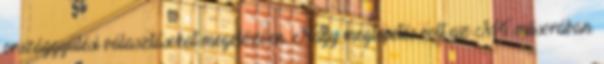
országgyűlési választásokat megelőzően. Nagy meglepetés volt az M4 műsorában.